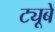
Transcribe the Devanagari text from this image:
ट्यूबें